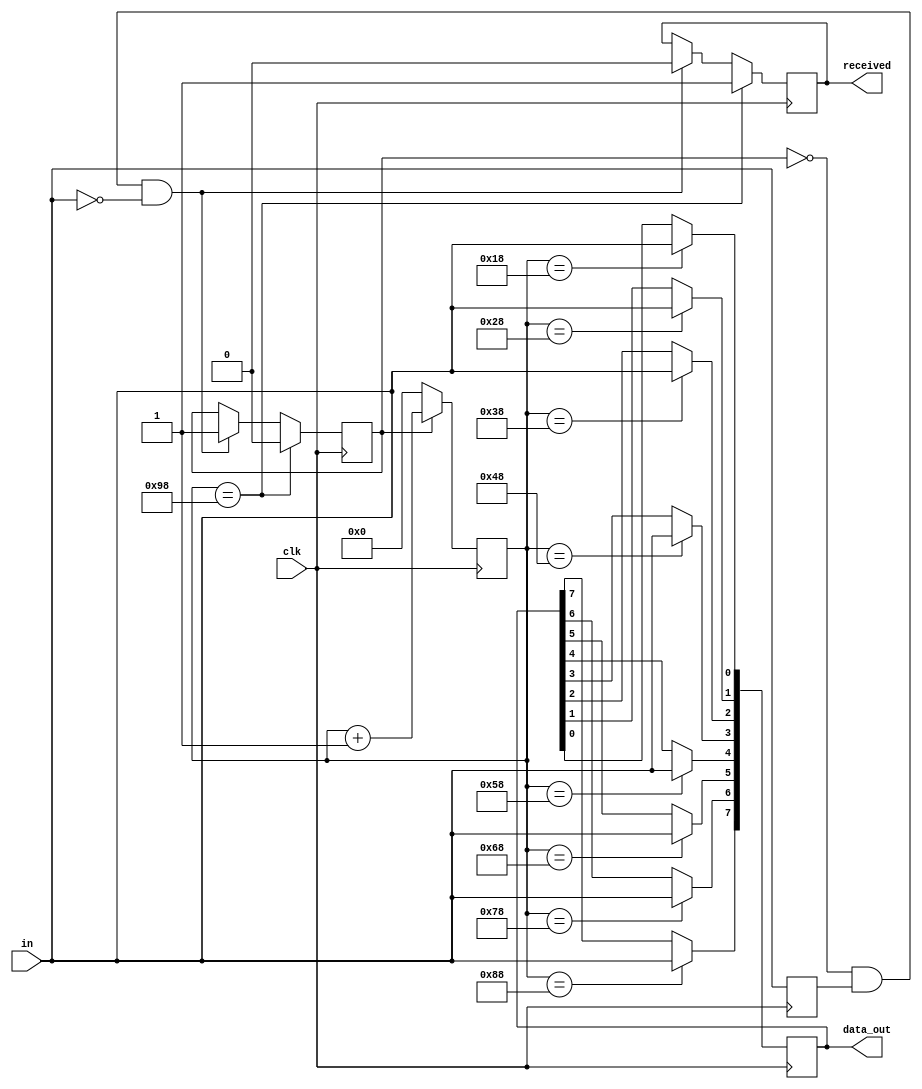
`timescale 1ns / 1ps

module uart_rx (
    input clk,
    input in,
    output reg received,
    output reg [7:0] data_out
    );
    
    reg last;
    reg receiving = 0;
    reg [7:0] count;
    
    always@(posedge clk) begin
        if (~receiving & last & ~in) begin
            receiving <= 1;
            received <= 0;
            count <= 0;
        end

        last <= in;
        count <= (receiving) ? count+1 : 0;
        
        case (count)
            8'd24:  data_out[0] <= in;
            8'd40:  data_out[1] <= in;
            8'd56:  data_out[2] <= in;
            8'd72:  data_out[3] <= in;
            8'd88:  data_out[4] <= in;
            8'd104: data_out[5] <= in;
            8'd120: data_out[6] <= in;
            8'd136: data_out[7] <= in;
            8'd152: begin received <= 1; receiving <= 0; end
        endcase
    end
    
endmodule